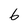
Character: 6